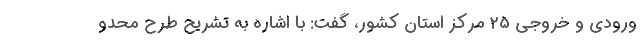
ورودی و خروجی ۲۵ مرکز استان کشور، گفت: با اشاره به تشریح طرح محدو